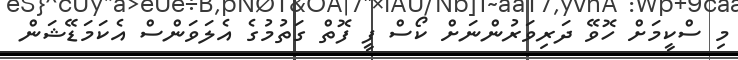
މި ސްކީމަށް ހޮވޭ ދަރިވަރުންނަށް ކޯސް ފީ ފޮތް ގަތުމުގެ އެލަވަންސް އެކަމަޑޭޝަން